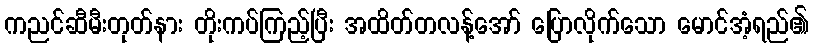
ကညင်ဆီမီးတုတ်နား တိုးကပ်ကြည့်ပြီး အထိတ်တလန့်အော် ပြောလိုက်သော မောင်အံ့ရည်၏